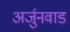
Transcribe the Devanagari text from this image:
अर्जुनवाड